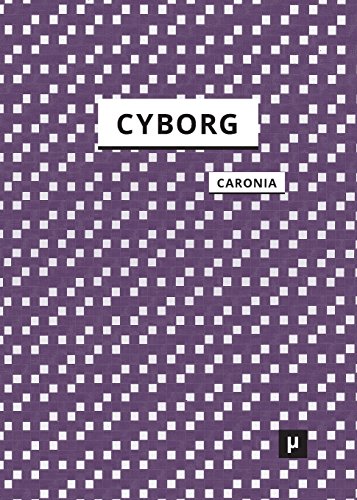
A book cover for The Cyborg: A Treatise on the Artificial Man; Antonio Caronia; Science Fiction & Fantasy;